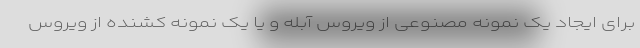
برای ایجاد یک نمونه مصنوعی از ویروس آبله و یا یک نمونه کشنده از ویروس